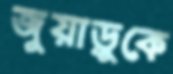
জুয়াড়ুকে